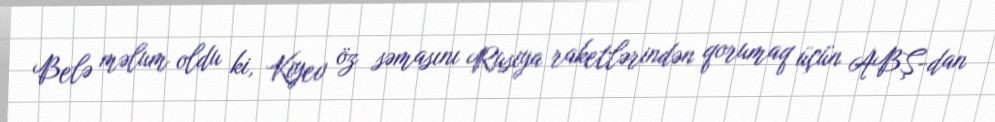
Belə məlum oldu ki, Kiyev öz səmasını Rusiya raketlərindən qorumaq üçün ABŞ-dan